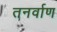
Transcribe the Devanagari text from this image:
तनर्वाण